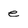
Character: e